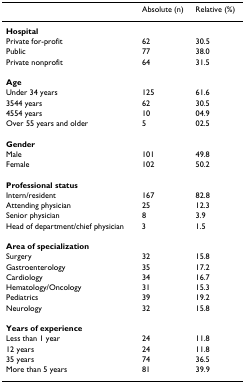
<table><thead><tr><td></td><td><b>Absolute (n)</b></td><td><b>Relative (%)</b></td></tr></thead><tbody><tr><td><b>Hospital</b></td><td></td><td></td></tr><tr><td>Private for-profit</td><td>62</td><td>30.5</td></tr><tr><td>Public</td><td>77</td><td>38.0</td></tr><tr><td>Private nonprofit</td><td>64</td><td>31.5</td></tr><tr><td><b>Age</b></td><td></td><td></td></tr><tr><td>Under 34 years</td><td>125</td><td>61.6</td></tr><tr><td>35-44 years</td><td>62</td><td>30.5</td></tr><tr><td>45-54 years</td><td>10</td><td>04.9</td></tr><tr><td>Over 55 years and older</td><td>5</td><td>02.5</td></tr><tr><td><b>Gender</b></td><td></td><td></td></tr><tr><td>Male</td><td>101</td><td>49.8</td></tr><tr><td>Female</td><td>102</td><td>50.2</td></tr><tr><td><b>Professional status</b></td><td></td><td></td></tr><tr><td>Intern/resident</td><td>167</td><td>82.8</td></tr><tr><td>Attending physician</td><td>25</td><td>12.3</td></tr><tr><td>Senior physician</td><td>8</td><td>3.9</td></tr><tr><td>Head of department/chief physician</td><td>3</td><td>1.5</td></tr><tr><td><b>Area of specialization</b></td><td></td><td></td></tr><tr><td>Surgery</td><td>32</td><td>15.8</td></tr><tr><td>Gastroenterology</td><td>35</td><td>17.2</td></tr><tr><td>Cardiology</td><td>34</td><td>16.7</td></tr><tr><td>Hematology/Oncology</td><td>31</td><td>15.3</td></tr><tr><td>Pediatrics</td><td>39</td><td>19.2</td></tr><tr><td>Neurology</td><td>32</td><td>15.8</td></tr><tr><td><b>Years of experience</b></td><td></td><td></td></tr><tr><td>Less than 1 year</td><td>24</td><td>11.8</td></tr><tr><td>1-2 years</td><td>24</td><td>11.8</td></tr><tr><td>3-5 years</td><td>74</td><td>36.5</td></tr><tr><td>More than 5 years</td><td>81</td><td>39.9</td></tr></tbody></table>